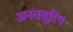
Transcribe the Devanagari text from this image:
अनंतसूरिय